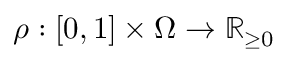
\rho : [ 0 , 1 ] \times \Omega \to { \mathbb R } _ { \ge 0 }